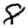
Digit: 8